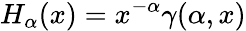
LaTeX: H_{\alpha}(x)=x^{-\alpha}\gamma(\alpha,x)